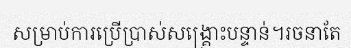
សម្រាប់ការប្រើប្រាស់សង្គ្រោះបន្ទាន់។រចនាតែ